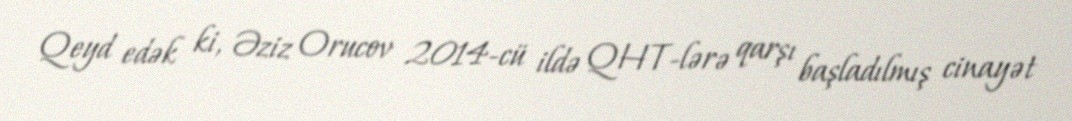
Qeyd edək ki, Əziz Orucov 2014-cü ildə QHT-lərə qarşı başladılmış cinayət